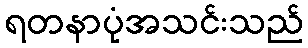
ရတနာပုံအသင်းသည်